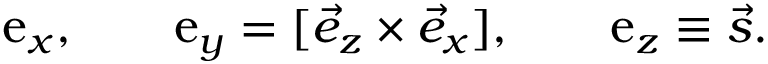
\begin{array} { r } { \boldsymbol { \mathrm { e } } _ { x } , \qquad \boldsymbol { \mathrm { e } } _ { y } = [ \vec { e } _ { z } \times \vec { e } _ { x } ] , \qquad \boldsymbol { \mathrm { e } } _ { z } \equiv \vec { s } . } \end{array}